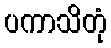
ပကာသိတုံ